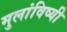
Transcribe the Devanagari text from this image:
मुलांविष्यी